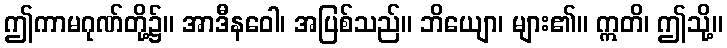
ဤကာမဂုဏ်တို့၌။ အာဒီနဝေါ၊ အပြစ်သည်။ ဘိယျော၊ များ၏။ ဣတိ၊ ဤသို့။